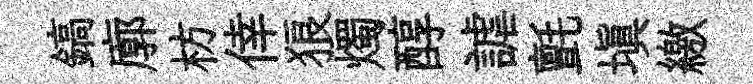
鎬廓枋倖狼燭醇謔氈填繳